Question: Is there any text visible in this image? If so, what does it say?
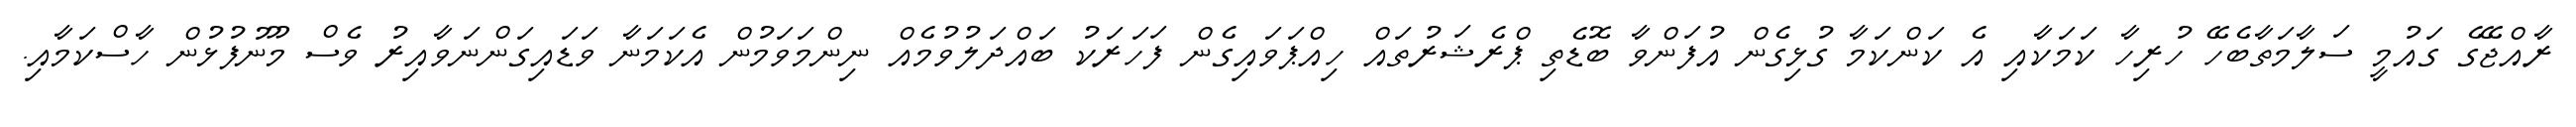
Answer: ރާއްޖޭގެ ގައުމީ ސަލާމަތާބެހޭ ހުރިހާ ކަމަކާއި އެ ކަންކަމާ ގުޅިގެން އުފަންވާ ބޮޑެތި ޕްރެޝަރުތައް ހިއްޕަވައިގެން ފަހަރަކު ބައްދަލުވުމެއް ނިންމަވަމުން އެކަމަނާ ވަޑައިގަންނަވާއިރު ވެސް މޫނުފުޅުން ހާސްކަމާއި.